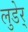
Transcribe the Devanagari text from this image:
लुडेर्